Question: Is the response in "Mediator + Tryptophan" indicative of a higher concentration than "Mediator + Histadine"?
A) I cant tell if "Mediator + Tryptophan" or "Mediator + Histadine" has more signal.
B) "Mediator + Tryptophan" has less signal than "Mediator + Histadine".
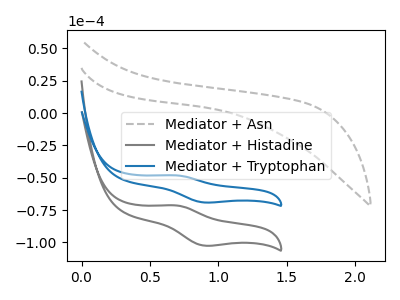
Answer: <think>The gray dashed curve "Mediator + Asn" has no peaks. The gray curve "Mediator + Histadine" has an anodic peak at (0.70V, -71.40uA) and a cathodic peak at (0.90V, -102.50uA). The blue curve "Mediator + Tryptophan" has an anodic peak at (0.70V, -48.15uA) and a cathodic peak at (0.90V, -69.15uA).
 All the peaks in "Mediator + Tryptophan" have a peak in "Mediator + Histadine" at the same potential.</think>
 <answer>A) I cant tell if "Mediator + Tryptophan" or "Mediator + Histadine" has more signal.</answer>
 <eval>A</eval>